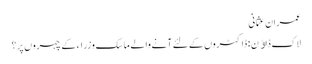
عمران عثمانی
لاک ڈاﺅن : ڈاکٹروں کے لئے آنے والے ماسک وزراء کے چہروں پر ؟